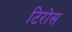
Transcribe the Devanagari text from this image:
टिरोस